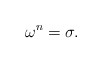
\begin{align*}\omega^n=\sigma.\end{align*}